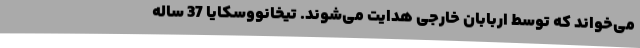
می‌خواند که توسط اربابان خارجی هدایت می‌شوند. تیخانووسکایا 37 ساله